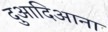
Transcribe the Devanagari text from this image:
दुआदिआना